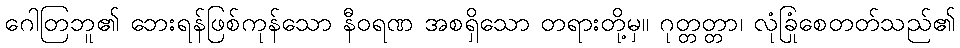
ဂေါတြဘူ၏ ဘေးရန်ဖြစ်ကုန်သော နီဝရဏ အစရှိသော တရားတို့မှ။ ဂုတ္တတ္တာ၊ လုံခြုံစေတတ်သည်၏